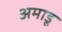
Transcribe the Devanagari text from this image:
अमाडू